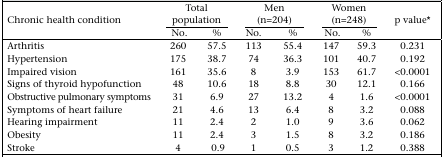
| Chronic health condition | <COLSPAN=2> Total population | <COLSPAN=2> Men (n=204) | <COLSPAN=2> Women (n=248) | p value* |
 |  | No. | % | No. | % | No. | % |  |
 | --- | --- | --- | --- | --- | --- | --- | --- |
 | Arthritis | 260 | 57.5 | 113 | 55.4 | 147 | 59.3 | 0.231 |
 | Hypertension | 175 | 38.7 | 74 | 36.3 | 101 | 40.7 | 0.192 |
 | Impaired vision | 161 | 35.6 | 8 | 3.9 | 153 | 61.7 | <0.0001 |
 | Signs of thyroid hypofunction | 48 | 10.6 | 18 | 8.8 | 30 | 12.1 | 0.166 |
 | Obstructive pulmonary symptoms | 31 | 6.9 | 27 | 13.2 | 4 | 1.6 | <0.0001 |
 | Symptoms of heart failure | 21 | 4.6 | 13 | 6.4 | 8 | 3.2 | 0.088 |
 | Hearing impairment | 11 | 2.4 | 2 | 1.0 | 9 | 3.6 | 0.062 |
 | Obesity | 11 | 2.4 | 3 | 1.5 | 8 | 3.2 | 0.186 |
 | Stroke | 4 | 0.9 | 1 | 0.5 | 3 | 1.2 | 0.388 |